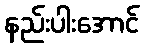
နည်းပါးအောင်